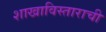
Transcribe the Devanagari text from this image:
शाखाविस्ताराची